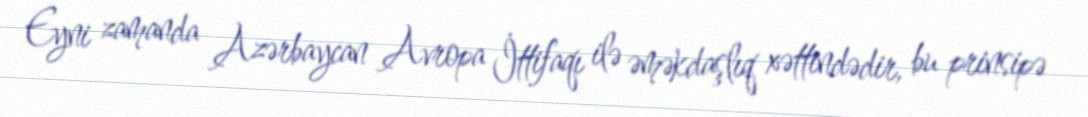
Eyni zamanda Azərbaycan Avropa İttifaqı ilə əməkdaşlıq xəttindədir, bu prinsipə